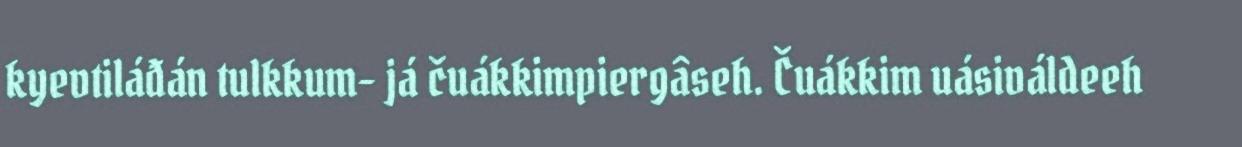
kyevtiláđán tulkkum- já čuákkimpiergâseh. Čuákkim uásiváldeeh